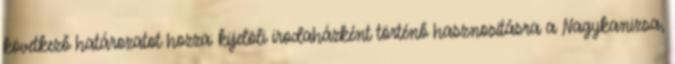
következő határozatot hozza: kijelöli irodaházként történő hasznosításra a Nagykanizsa,